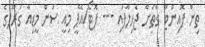
ތިން ޕޮއިންޓާ ގާތަށް ޖެހިލާފައި --- ފޮޓޯ/އޭޕީ މިއީ ސަން މީޑިއާ ގުރޫޕުގެ